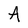
Character: A